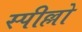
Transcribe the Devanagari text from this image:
स्पील्लो